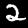
Label: 2